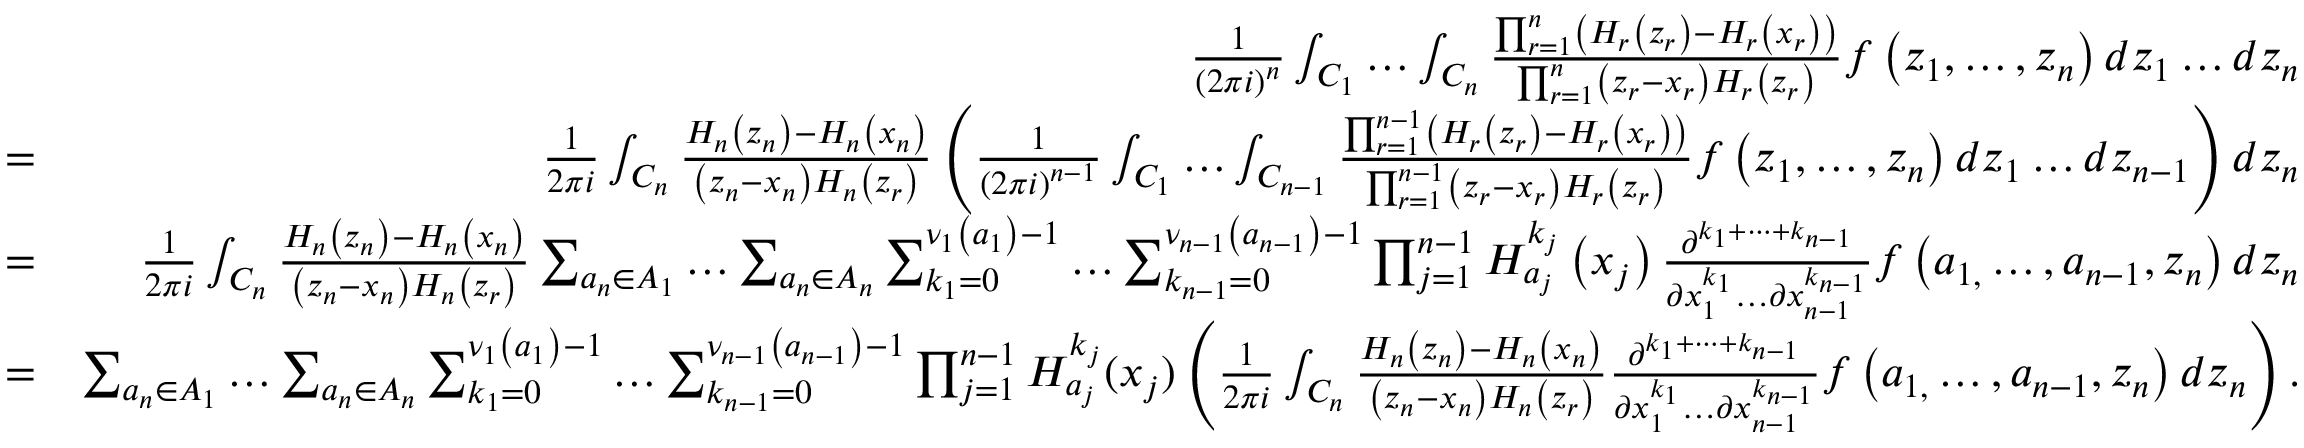
\begin{array} { r l r } & { } & { \frac { 1 } { \left( 2 \pi i \right) ^ { n } } \int _ { C _ { 1 } } \dots \int _ { C _ { n } } \frac { \prod _ { r = 1 } ^ { n } \left( H _ { r } \left( z _ { r } \right) - H _ { r } \left( x _ { r } \right) \right) } { \prod _ { r = 1 } ^ { n } \left( z _ { r } - x _ { r } \right) H _ { r } \left( z _ { r } \right) } f \left( z _ { 1 } , \dots , z _ { n } \right) d z _ { 1 } \dots d z _ { n } } \\ & { = } & { \frac { 1 } { 2 \pi i } \int _ { C _ { n } } \frac { H _ { n } \left( z _ { n } \right) - H _ { n } \left( x _ { n } \right) } { \left( z _ { n } - x _ { n } \right) H _ { n } \left( z _ { r } \right) } \left( \frac { 1 } { \left( 2 \pi i \right) ^ { n - 1 } } \int _ { C _ { 1 } } \dots \int _ { C _ { n - 1 } } \frac { \prod _ { r = 1 } ^ { n - 1 } \left( H _ { r } \left( z _ { r } \right) - H _ { r } \left( x _ { r } \right) \right) } { \prod _ { r = 1 } ^ { n - 1 } \left( z _ { r } - x _ { r } \right) H _ { r } \left( z _ { r } \right) } f \left( z _ { 1 } , \dots , z _ { n } \right) d z _ { 1 } \dots d z _ { n - 1 } \right) d z _ { n } } \\ & { = } & { \frac { 1 } { 2 \pi i } \int _ { C _ { n } } \frac { H _ { n } \left( z _ { n } \right) - H _ { n } \left( x _ { n } \right) } { \left( z _ { n } - x _ { n } \right) H _ { n } \left( z _ { r } \right) } \sum _ { a _ { n } \in A _ { 1 } } \dots \sum _ { a _ { n } \in A _ { n } } \sum _ { k _ { 1 } = 0 } ^ { \nu _ { 1 } \left( a _ { 1 } \right) - 1 } \dots \sum _ { k _ { n - 1 } = 0 } ^ { \nu _ { n - 1 } \left( a _ { n - 1 } \right) - 1 } \prod _ { j = 1 } ^ { n - 1 } H _ { a _ { j } } ^ { k _ { j } } \left( x _ { j } \right) \frac { \partial ^ { { k } _ { 1 } + \dots + k _ { n - 1 } } } { \partial x _ { 1 } ^ { k _ { 1 } } \dots \partial x _ { n - 1 } ^ { k _ { n - 1 } } } f \left( a _ { 1 , } \dots , a _ { n - 1 } , z _ { n } \right) d z _ { n } } \\ & { = } & { \sum _ { a _ { n } \in A _ { 1 } } \dots \sum _ { a _ { n } \in A _ { n } } \sum _ { k _ { 1 } = 0 } ^ { \nu _ { 1 } \left( a _ { 1 } \right) - 1 } \dots \sum _ { k _ { n - 1 } = 0 } ^ { \nu _ { n - 1 } \left( a _ { n - 1 } \right) - 1 } \prod _ { j = 1 } ^ { n - 1 } H _ { a _ { j } } ^ { k _ { j } } ( x _ { j } ) \left( \frac { 1 } { 2 \pi i } \int _ { C _ { n } } \frac { H _ { n } \left( z _ { n } \right) - H _ { n } \left( x _ { n } \right) } { \left( z _ { n } - x _ { n } \right) H _ { n } \left( z _ { r } \right) } \frac { \partial ^ { { k } _ { 1 } + \dots + k _ { n - 1 } } } { \partial x _ { 1 } ^ { k _ { 1 } } \dots \partial x _ { n - 1 } ^ { k _ { n - 1 } } } f \left( a _ { 1 , } \dots , a _ { n - 1 } , z _ { n } \right) d z _ { n } \right) . } \end{array}